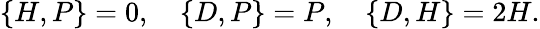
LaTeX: \{ H,P\} =0,\ \ \ \ \{ D,P\} =P,\ \ \ \ \{ D,H\} =2H.